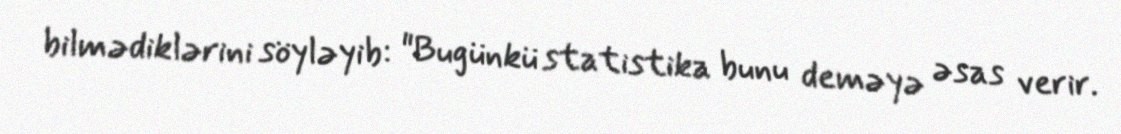
bilmədiklərini söyləyib: "Bugünkü statistika bunu deməyə əsas verir.